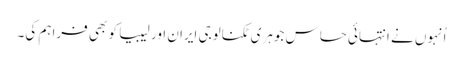
اُنہوں نے انتہائی حساس جوہری ٹکنالوجی ایران اور لیبیا کو بھی فراہم کی۔